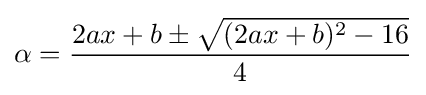
\alpha ={\frac {2ax+b\pm {\sqrt {(2ax+b)^{2}-16}}}{4}}